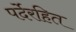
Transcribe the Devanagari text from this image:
पर्देरहित